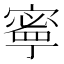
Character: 𫝱